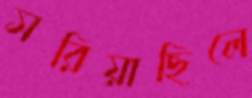
সরিয়াছিলে